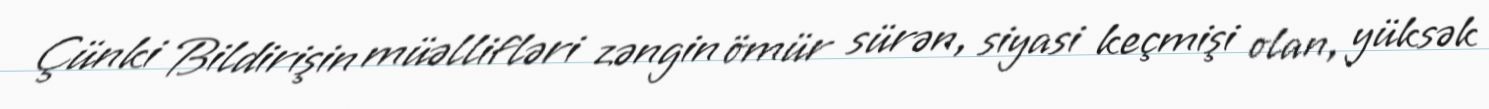
Çünki Bildirişin müəllifləri zəngin ömür sürən, siyasi keçmişi olan, yüksək